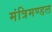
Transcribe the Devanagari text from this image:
मंत्रिमण्‍डल